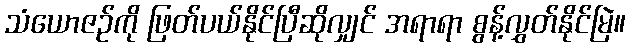
သံယောဇဉ်ကို ဖြတ်ပယ်နိုင်ပြီဆိုလျှင် အရာရာ စွန့်လွှတ်နိုင်မြဲ။